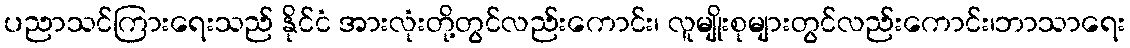
ပညာသင်ကြားရေးသည် နိုင်ငံ အားလုံးတို့တွင်လည်းကောင်း၊ လူမျိုးစုများတွင်လည်းကောင်း၊ဘာသာရေး